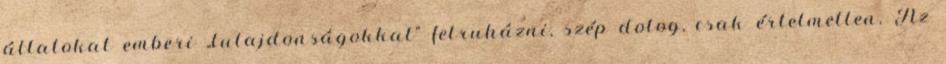
állatokat emberi „tulajdonságokkal” felruházni, szép dolog, csak értelmetlen. Az